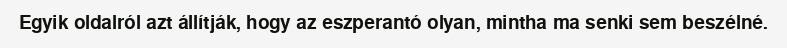
Egyik oldalról azt állítják, hogy az eszperantó olyan, mintha ma senki sem beszélné.